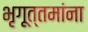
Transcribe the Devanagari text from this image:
भृगूत्तमांना